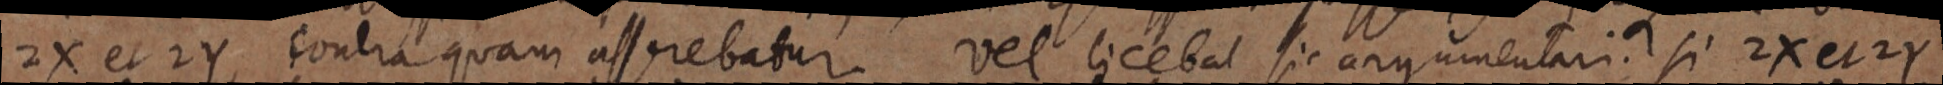
2X et 2Y contra quam assrebatur vel licebat sic argumentari. si 2X et 2Y